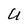
Character: U